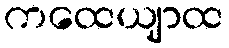
ကထေယျာထ